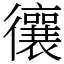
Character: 忀